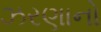
ઝરણાનો